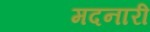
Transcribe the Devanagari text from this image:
मदनारी